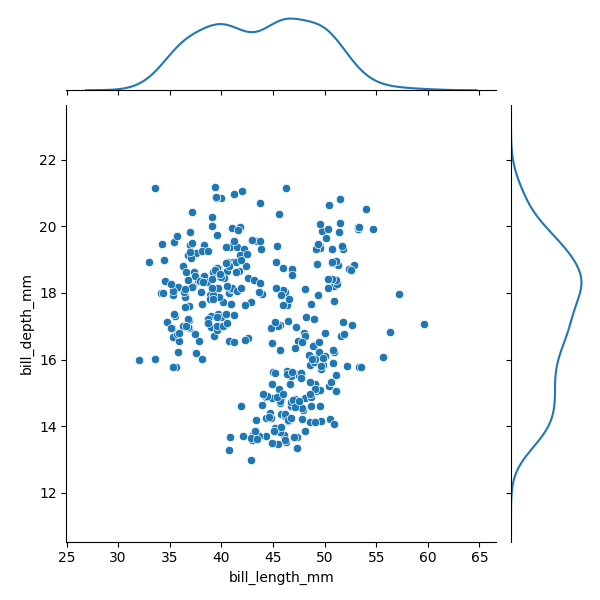
python, seaborn, JointGrid, scatterplot, kdeplot